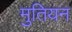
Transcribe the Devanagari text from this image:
मुतियन